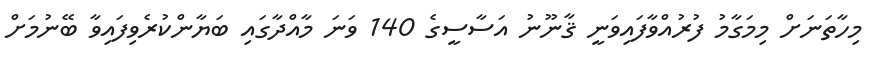
މިހާތަނަށް މިމަގާމު ފުރުއްވާފައިވަނީ ޤާނޫނު އަސާސީގެ 140 ވަނަ މާއްދާގައި ބަޔާންކުރެވިފައިވާ ބޭނުމަށް